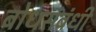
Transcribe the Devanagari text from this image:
बोधसंबंधी